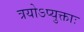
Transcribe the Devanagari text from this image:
त्रयोऽप्युक्ताः